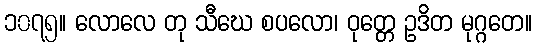
၁၀၇၅။ လောလေ တု သီဃေ စပလော၊ ဝုတ္တေ ဥဒိတ မုဂ္ဂတေ။